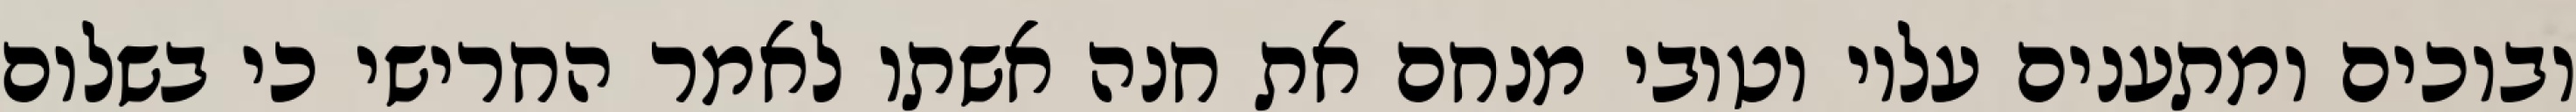
ובוכים ומתענים עליו וטובי מנחם את חנה אשתו לאמר החרישי כי בשלום